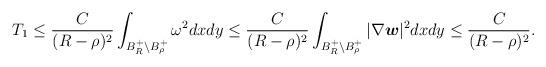
LaTeX: \begin{align*}\begin{aligned}T_{1}&\leq\frac{C}{(R-\rho)^{2}}\int_{B_{R}^{+}\backslash B_{\rho}^{+}}\omega^{2}dxdy\leq\frac{C}{(R-\rho)^{2}}\int_{B_{R}^{+}\backslash B_{\rho}^{+}}|\nabla\boldsymbol{w}|^{2}dxdy\leq\frac{C}{(R-\rho)^{2}}.\end{aligned}\end{align*}